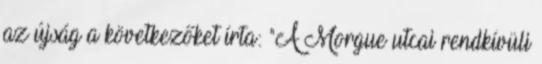
az újság a következőket írta: "A Morgue utcai rendkívüli